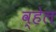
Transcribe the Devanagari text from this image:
व्‍हेल